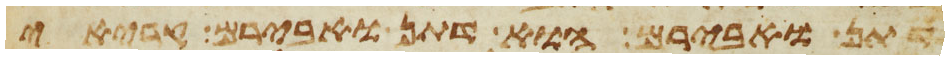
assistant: דתן ואבירם הוא דתן ואבירם קריאי